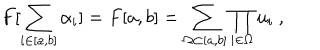
F [ \sum _ { i \in [ a , b ] } \alpha _ { i } ] = F [ a , b ] = \sum _ { \Omega \subset [ a , b ] } \prod _ { i \in \Omega } u _ { i } \ ,